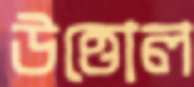
উত্তোল